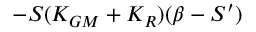
- { \cal S } ( K _ { G M } + K _ { R } ) ( \beta - { \cal S } ^ { \prime } )